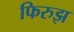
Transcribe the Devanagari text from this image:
फिरुझ